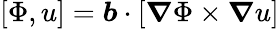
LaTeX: [\Phi,u]=\boldsymbol{b}\cdot\left[\boldsymbol{\nabla}\Phi\times\boldsymbol{\nabla}u\right]